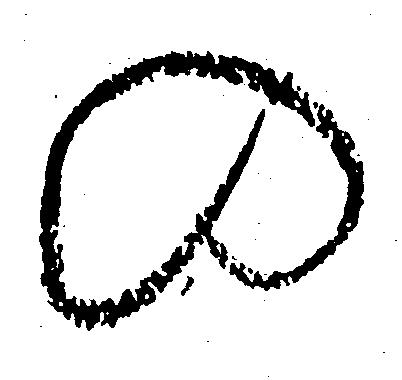
の